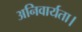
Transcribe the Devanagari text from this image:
अनिवार्यता।